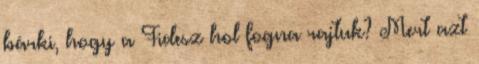
bárki, hogy a Fidesz hol fogna rajtuk? Mert azt